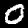
Label: 0